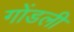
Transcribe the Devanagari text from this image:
गोंडली